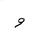
Letter: _waw